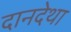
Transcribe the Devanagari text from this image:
दानदेथा